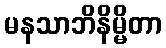
မနသာဘိနိမ္မိတာ